Vaccine operations Central Provinces 1886-1899 - 1886-1899
Year: 1886
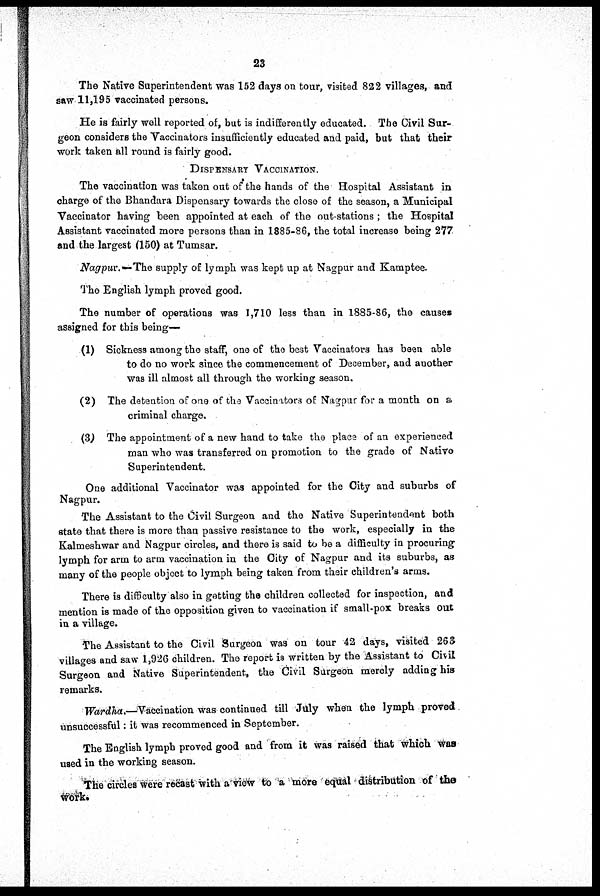
23
The Native Superintendent was 152 days on tour, visited 822 villages, and
saw 11,195 vaccinated persons.
He is fairly well reported of, but is indifferently educated. The Civil Sur-
geon considers the Vaccinators insufficiently educated and paid, but that their
work taken all round is fairly good.
DISPENSARY VACCINATION.
The vaccination was taken out of the hands of the Hospital Assistant in
charge of the Bhandara Dispensary towards the close of the season, a Municipal
Vaccinator having been appointed at each of the out-stations; the Hospital
Assistant vaccinated more persons than in 1885-86, the total increase being 277
and the largest (150) at Tumsar.
Nagpur.—The supply of lymph was kept up at Nagpur and Kamptee.
The English lymph proved good.
The number of operations was 1,710 less than in 1885-86, the causes
assigned for this being—
(1) Sickness among the staff, one of the best Vaccinators has been able
to do no work since the commencement of December, and another
was ill almost all through the working season.
(2) The detention of one of the Vaccinators of Nagpur for a month on a
criminal charge.
(3) The appointment of a new hand to take the place of an experienced
man who was transferred on promotion to the grade of Native
Superintendent.
One additional Vaccinator was appointed for the City and suburbs of
Nagpur.
The Assistant to the Civil Surgeon and the Native Superintendent both
state that there is more than passive resistance to the work, especially in the
Kalmeshwar and Nagpur circles, and there is said to be a difficulty in procuring
lymph for arm to arm vaccination in the City of Nagpur and its suburbs, as
many of the people object to lymph being taken from their children's arms.
There is difficulty also in getting the children collected for inspection, and
mention is made of the opposition given to vaccination if small-pox breaks out
in a village.
The Assistant to the Civil Surgeon was on tour 42 days, visited 263
villages and saw 1,926 children. The report is written by the Assistant to Civil
Surgeon and Native Superintendent, the Civil Surgeon merely adding his
remarks.
Wardha.— Vaccination was continued till July when the lymph proved
unsuccessful: it was recommenced in September.
The English lymph proved good and from it was raised that which was
used in the working season.
The circles were recast with a view to a more equal distribution of the
work.